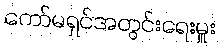
ကော်မရှင်အတွင်းရေးမှူး